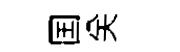
国关